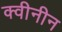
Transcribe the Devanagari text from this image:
क्वीनीन